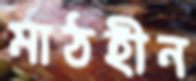
মাঠহীন